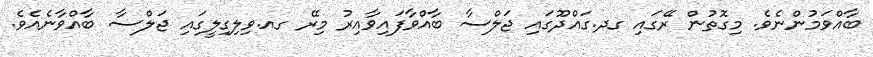
ބާއްވަމުންނެވެ. މިގޮތުން ރޭގައި ގދ.ގައްދޫގައި ޖަލްސާ ބާއްވާފައިވާއިރު މިރޭ ގއ.ވިލިގިލީގައި ޖަލްސާ ބާއްވާނެއެވެ.